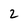
Character: 2